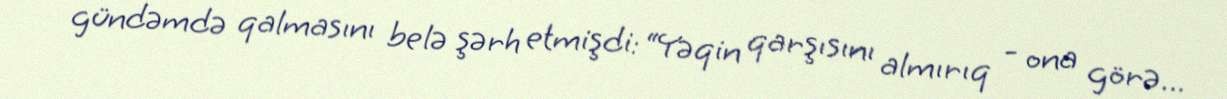
gündəmdə qalmasını belə şərh etmişdi: “Yəqin qarşısını almırıq - ona görə...